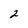
Character: 2